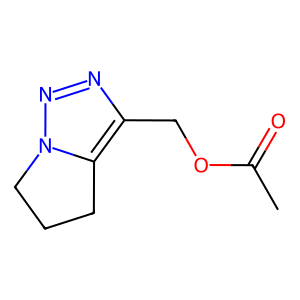
SMILES: CC(=O)OCc1nnn2c1CCC2
Inhibits HIV replication: No